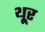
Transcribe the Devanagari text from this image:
थू्र